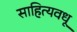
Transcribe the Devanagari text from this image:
साहित्यवधू